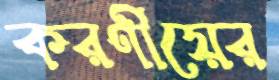
করণীয়ের